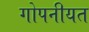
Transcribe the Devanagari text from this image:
गोपनीयत